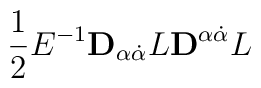
\frac{1}{2}E^{-1}{\bf D}_{\alpha\dot{\alpha}}L{\bf D}^{\alpha\dot{\alpha}}L